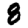
Digit: 8